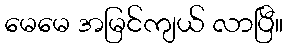
မေမေ အမြင်ကျယ် လာပြီ။